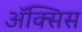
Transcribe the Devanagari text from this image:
ॲक्सिस